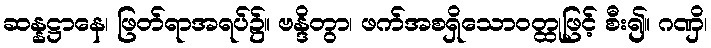
ဆန္နဋ္ဌာနေ၊ ဖြတ်ရာအရပ်၌။ ဗန္ဒိတွာ၊ ဖက်အစရှိသောဝတ္ထုဖြင့် စီး၍။ ဂဏှိ၊